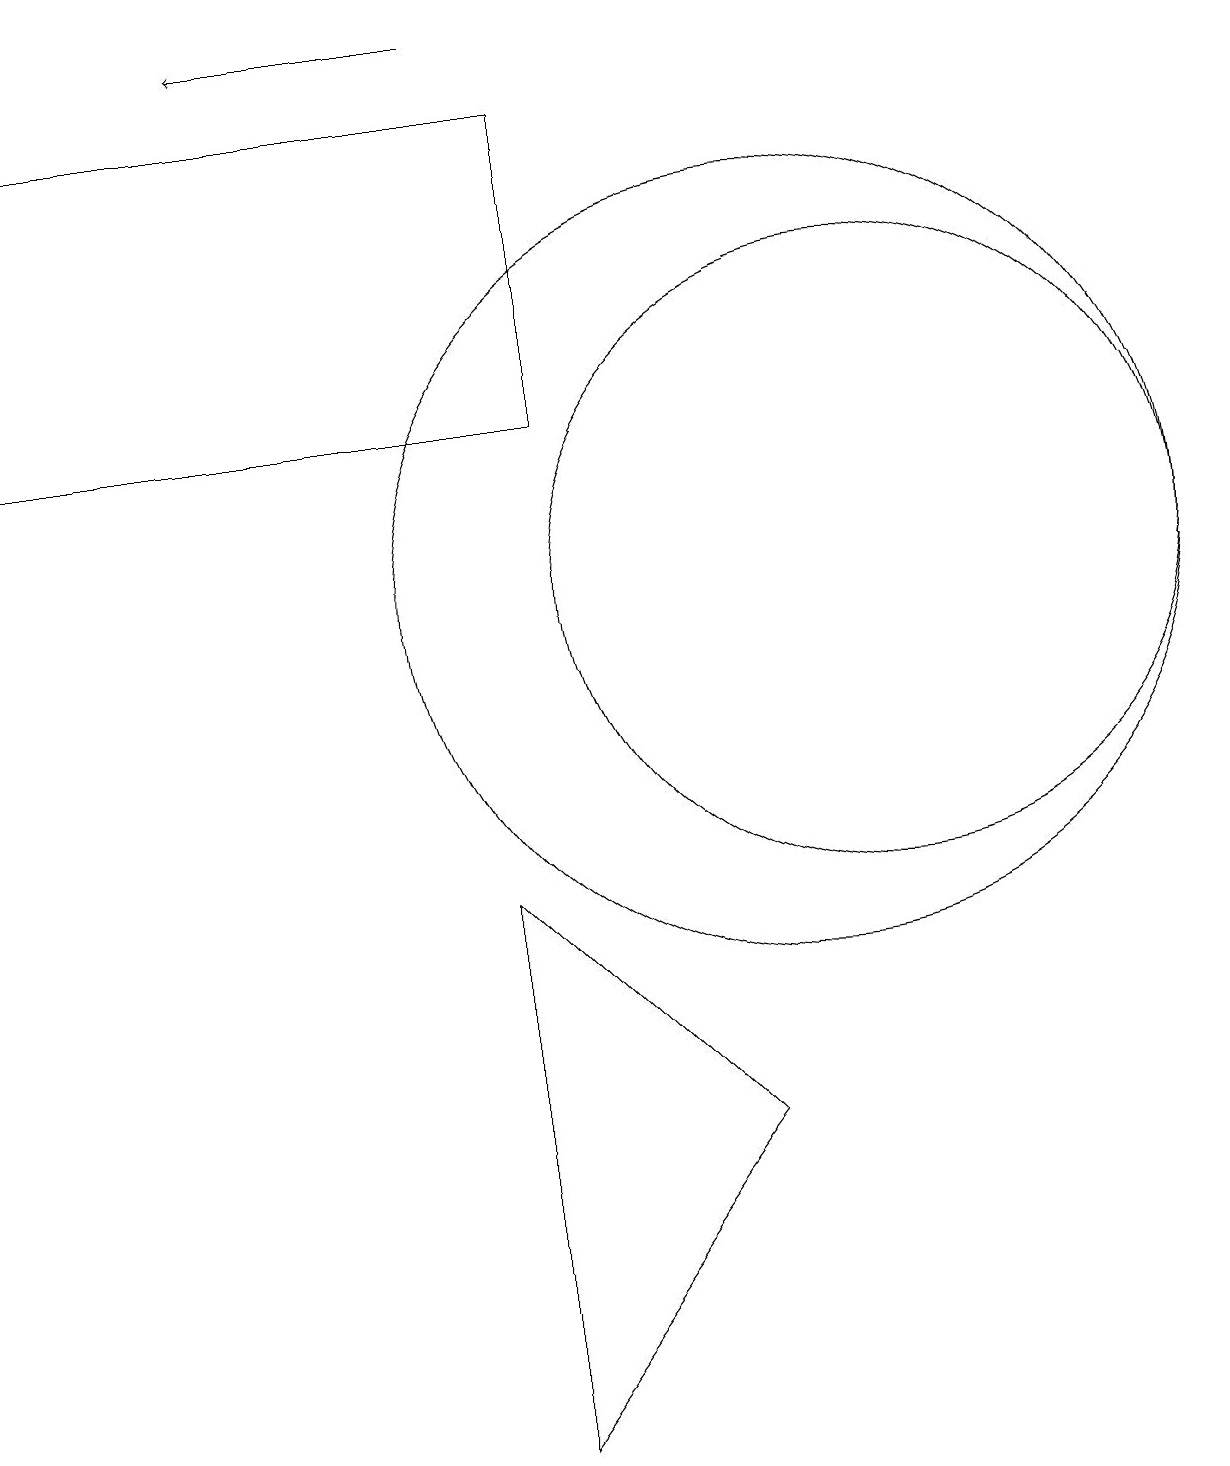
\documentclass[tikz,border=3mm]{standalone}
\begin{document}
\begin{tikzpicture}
\draw (11,11) circle (4);
\draw (6,0) -- (9,4) -- (6,7) -- cycle;
\draw (10,11) circle (5);
\draw (0,17) rectangle (7,13);
\draw[->] (6,18) -- (3,18);
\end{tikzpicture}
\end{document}